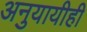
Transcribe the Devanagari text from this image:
अनुयायीही